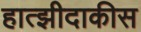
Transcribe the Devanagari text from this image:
हात्झीदाकीस